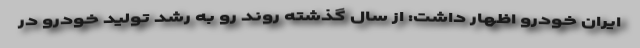
ایران خودرو اظهار داشت: از سال گذشته روند رو به رشد تولید خودرو در